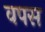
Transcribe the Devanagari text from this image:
वपस